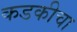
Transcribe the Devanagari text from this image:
कडकीचा